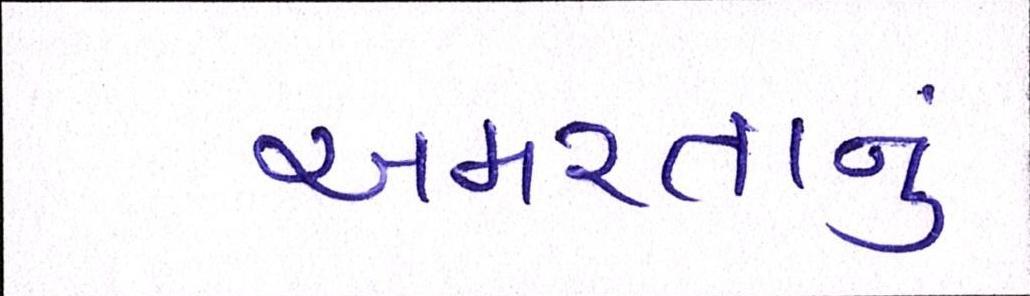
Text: અમરતાનું